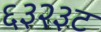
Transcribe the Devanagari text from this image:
६३२३ट